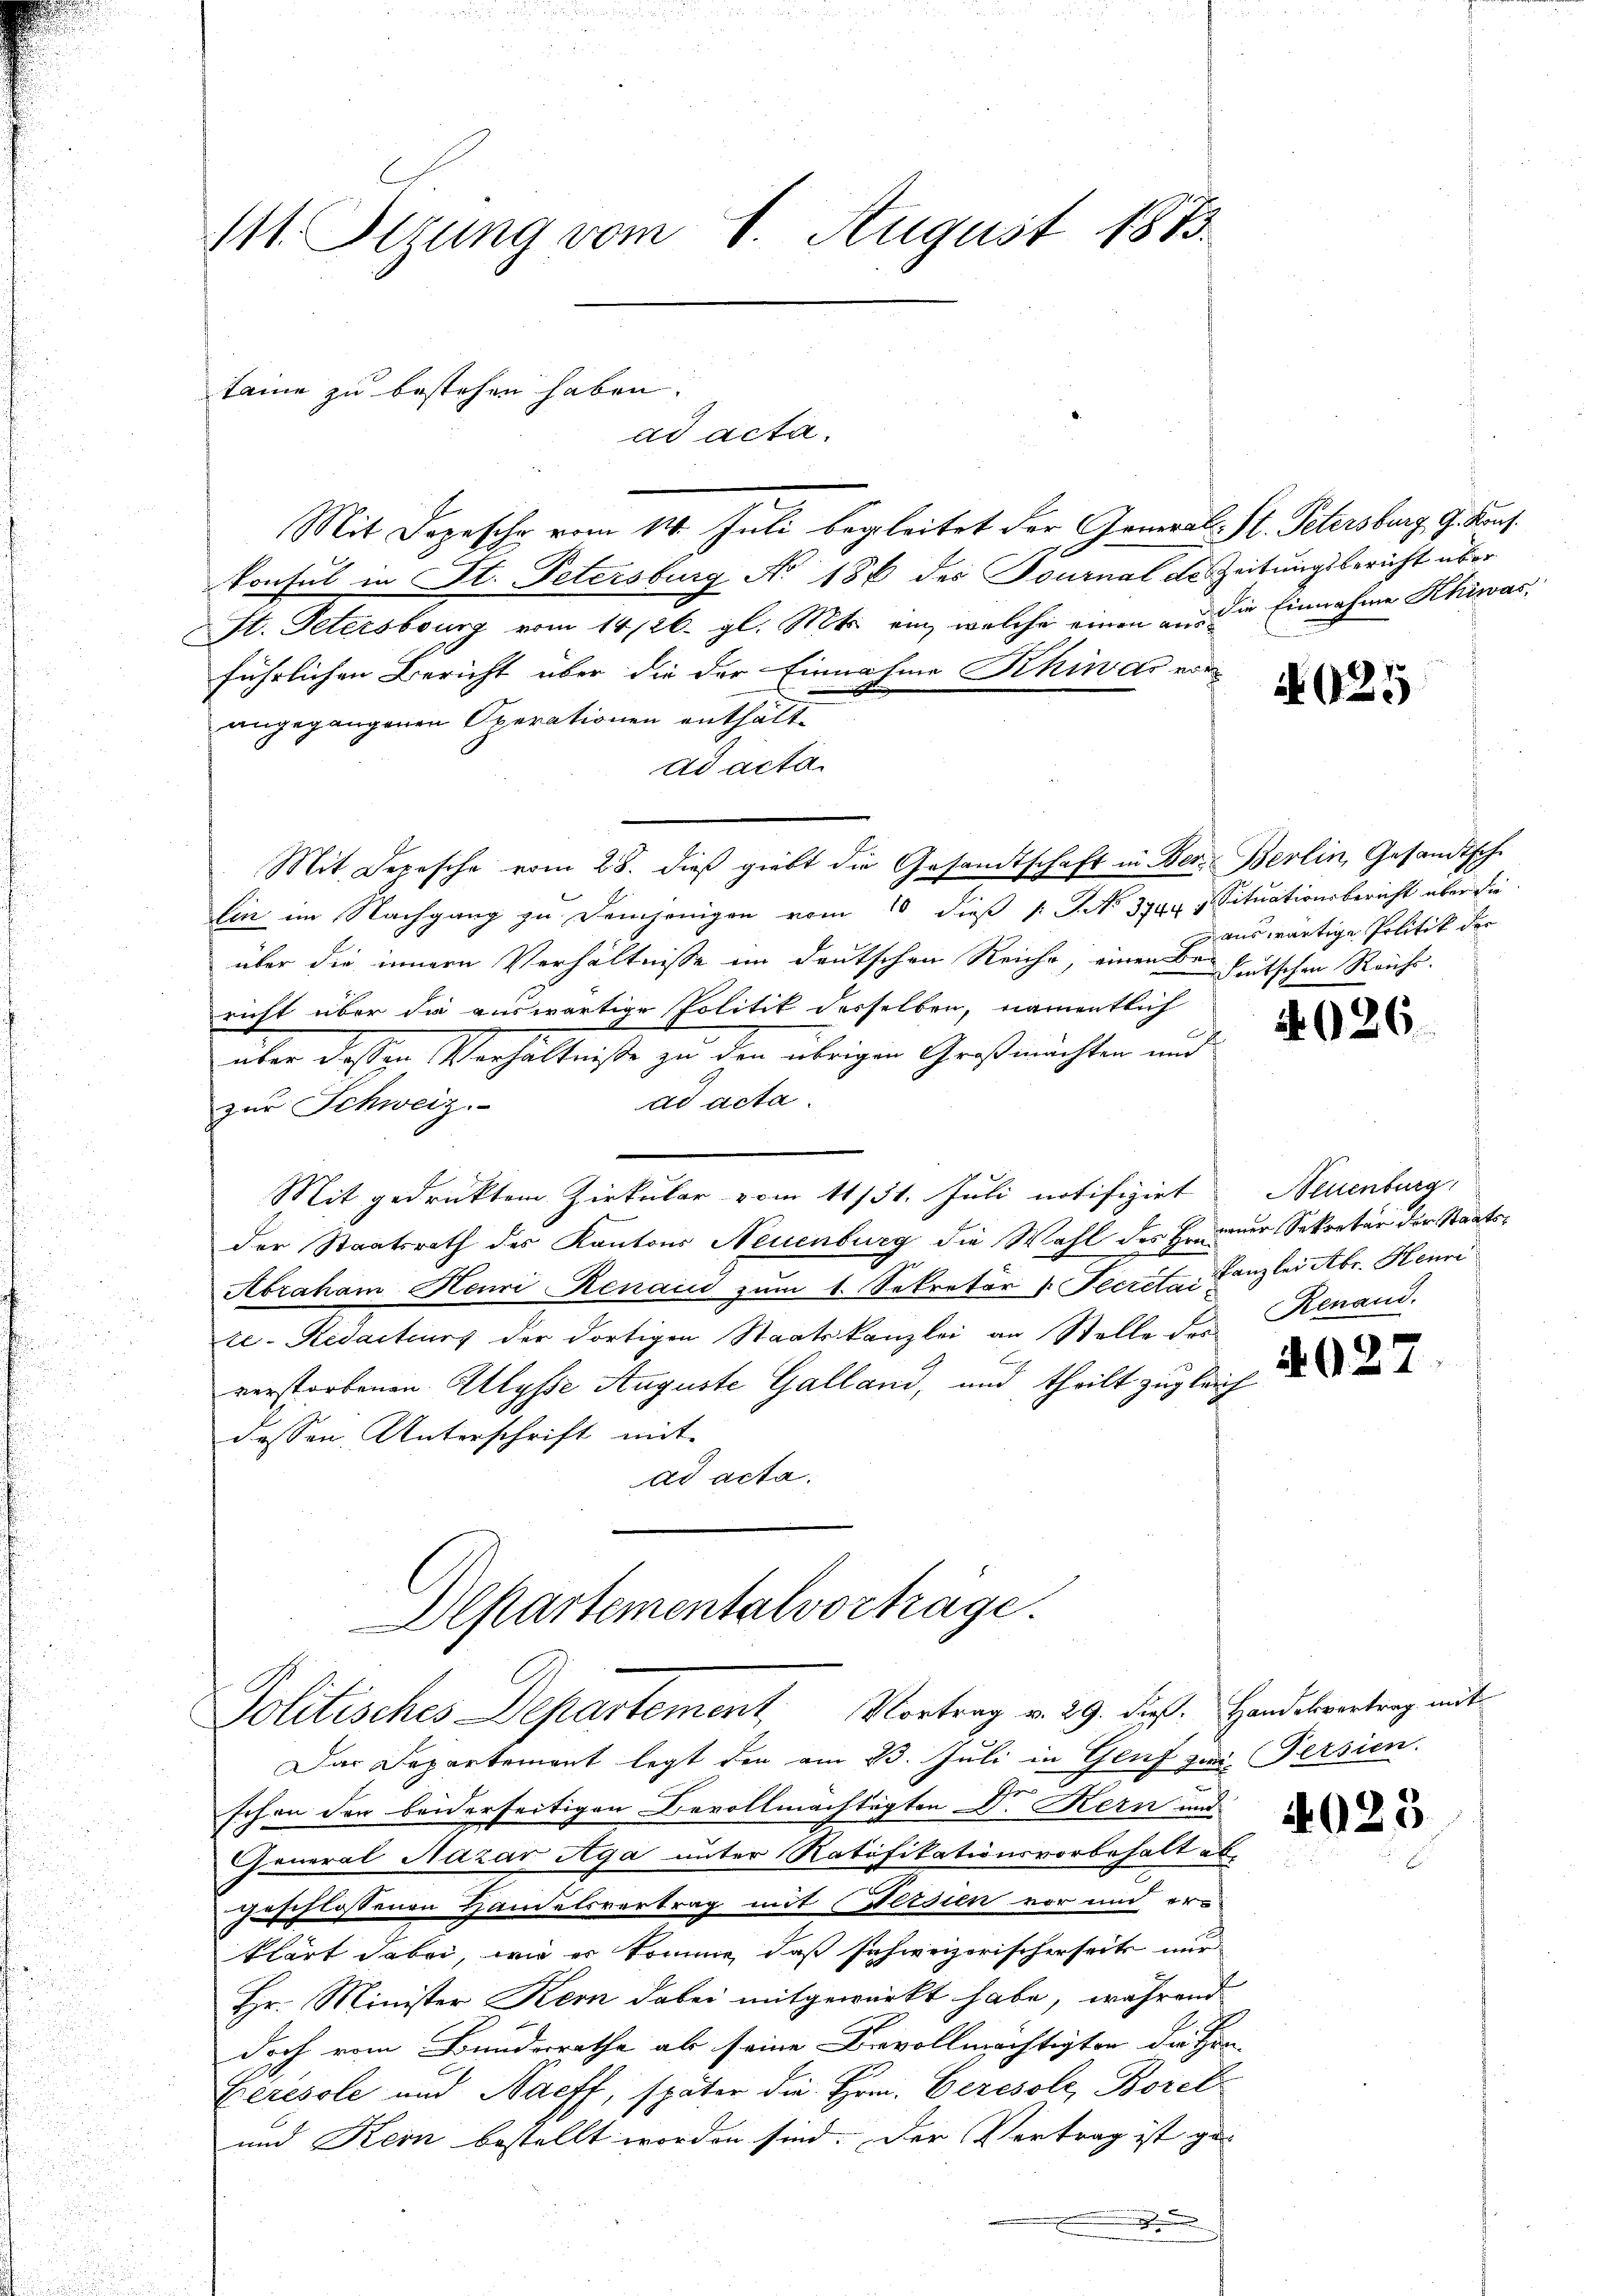
111. Sizung vom 1. August 1873.

Mit Depesche vom 14. Juli begleitet der General- St. Petersburg, G. Kons.
konsul in St. Petersburg No 186 des Tournal de Zeitungsbericht über
St. Petersburg vom 14/26. gl. Mts. ein, welche einen an die Einnahme Khiwasführlichen Bericht über die der Einnahme Khiwas vorangegangenen Operationen enthält¬
Ad acta
Mit Depesche vom 28. dieß giebt die Gesandtschaft in Ber- Berlin, Gesandtsche
Ein im Nachgang zu demjenigen vom 10. dieß [No 3944. Situationsbericht über die
über die innern Verhältnisse im deutschen Reiche, einen Bedeutschen Reichs.
richt über die auswärtige Politik desselben, namentlich
über dessen Verhältniße zu den übrigen Großmachten und
ad acta.
zur Schweiz.
Mit gedrucktem Zirkular vom 11131. Juli notifizirt Neuenburg
der Staatsrath des Kantons Neuenburg die Wahl des Erneuer Sekretär der Staats¬
Abraham Heuri Renaud zum 1. Sekretär v. Secreta Canzlei Abr. Heuri
te- Redacteurs der dortigen Staatskanzlei an Stelle des Renaud.
C
verstorbenen Ulysse Auguste Galland, und theilt zugleich
dessen Unterschrift mit
ad acta.
Departementalvortrage.

taine zu bestehen haben.
ad acta.

Politisches Departement Vortrag v. 29. dat. Handelvertrag mit

Das Departemont legt den am 13. Juli in Genf zwei Persien.
schon der beiderseitigen Bevollmächtigten Dr. Kern und
General Nazar Aga unter Ratifikationsvorbehalt ab-
geschlossenen Handelsvertrag mit ersien vor und erklärt dabei, wie er komme, daß schweizerischerseits nur
Hr. Minister Kern dabei mitgewirkt habe, während
doch vom Bundesrathe als seine Bevollmächtigten die Han-
Ceresole und Haeff, später die Hrn. Ceresole, Borel
und Kein bestellt worden sind. Der Vertrag ist ge-
.

4025

auswärtige Politik der

4026

4027

4023